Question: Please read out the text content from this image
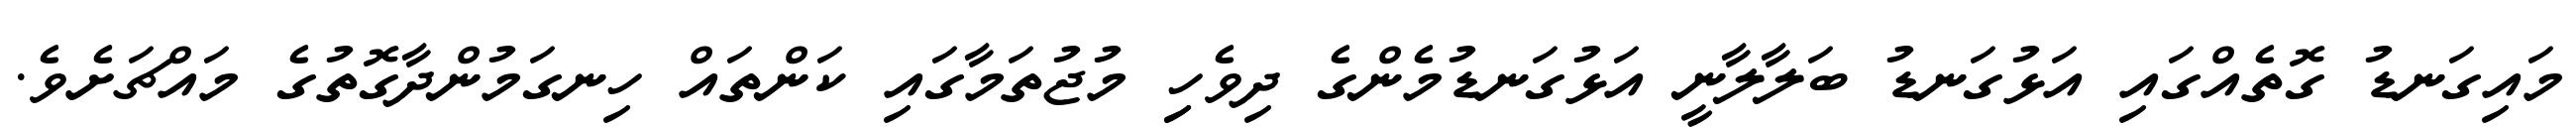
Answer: މައިގަނޑު ގޮތެއްގައި އަޅުގަނޑު ބަލާލާނީ އަޅުގަނޑުމެންގެ ދިވެހިި މުޖުތަމާގައި ކަންތައް ހިނގަމުންދާގޮތުގެ މައްޗަށެވެ.